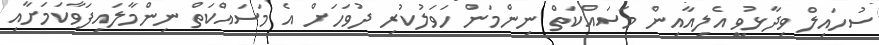
ސުހައިލް ވިދާޅުވީ އެލިއާއިން މަސައްކަތް ނިންމަން ހަވަލުކުރި ދުވަހަށް އެ މަސައްކަތް ނިންމާލައިފަވާކަމަށާއި